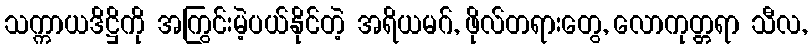
သက္ကာယဒိဋ္ဌိကို အကြွင်းမဲ့ပယ်နိုင်တဲ့ အရိယမဂ်, ဖိုလ်တရားတွေ, လောကုတ္တရာ သီလ,